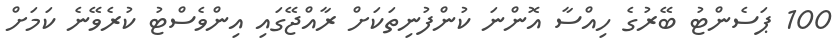
100 ޕަސެންޓު ބޭރުގެ ހިއްސާ އޮންނަ ކުންފުނިތަކަށް ރާއްޖޭގައި އިންވެސްޓު ކުރެވޭނެ ކަމަށް